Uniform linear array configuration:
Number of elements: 24
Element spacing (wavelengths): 1
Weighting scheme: cosine
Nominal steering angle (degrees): -60
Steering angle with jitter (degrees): -59.569
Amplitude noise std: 0.05
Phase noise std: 0.05

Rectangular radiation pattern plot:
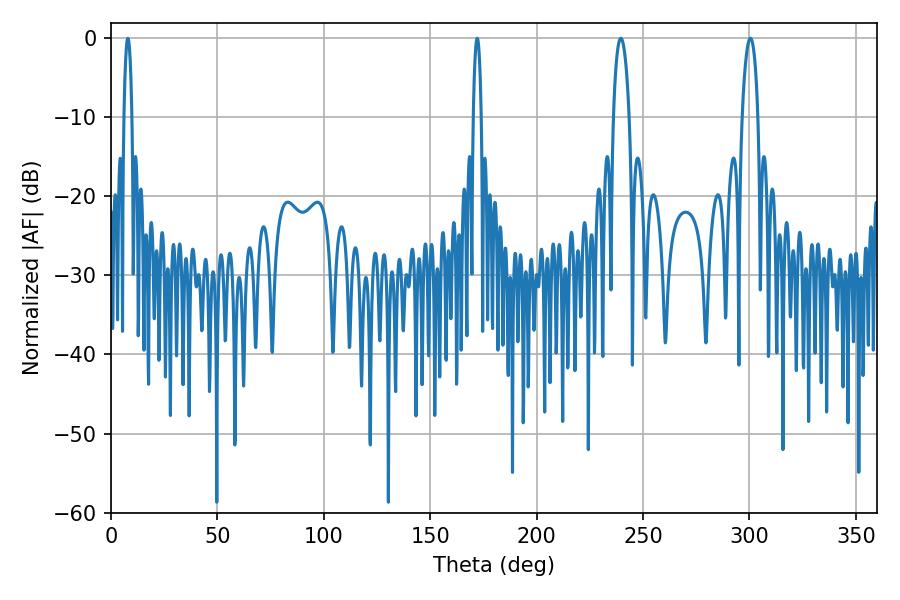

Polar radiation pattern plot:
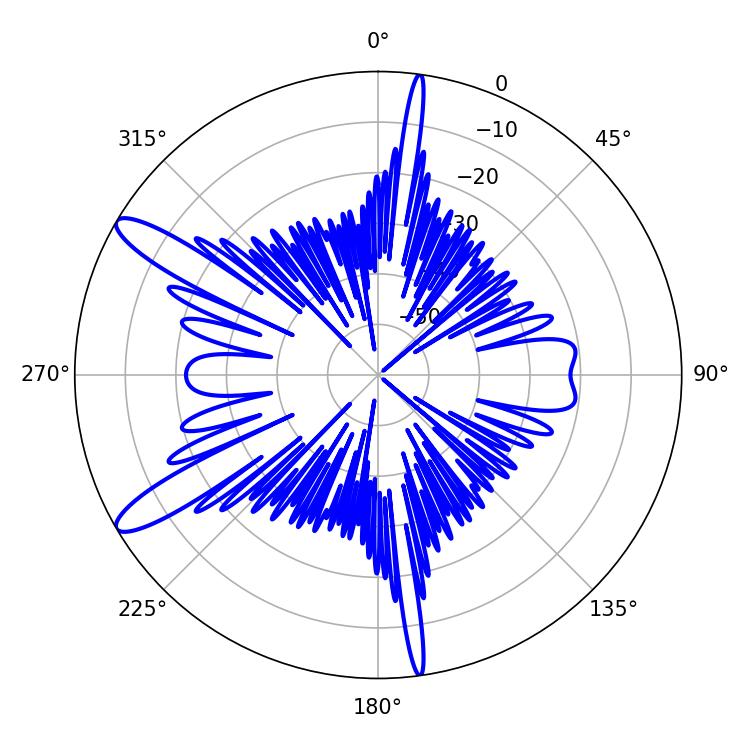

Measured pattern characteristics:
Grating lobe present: TRUE
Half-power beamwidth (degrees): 2.16
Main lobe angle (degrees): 7.92